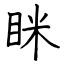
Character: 眯